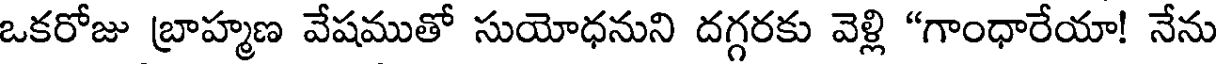
ఒకరోజు బ్రాహ్మణ వేషముతో సుయోధనుని దగ్గరకు వెళ్లి "గాంధారేయా! నేను